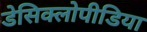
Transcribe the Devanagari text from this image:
डेसिक्लोपीडिया